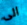
الى